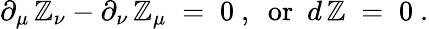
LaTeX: \partial_{\mu}\, \mathbb{Z}_{\nu}-\partial_{\nu}\, \mathbb{Z}_{\mu}\; =\; 0~,~~\mathrm{{or~}}~d\, \mathbb{Z}\; =\; 0~.